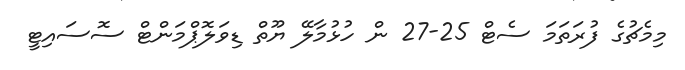
މިމެޗުގެ ފުރަތަމަ ސެޓް 25-27 ން ހުޅުމާލޭ ޔޫތް ޑިވަލޮޕްމަންޓް ސޮސައިޓީ